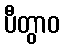
ပီတွာဝ